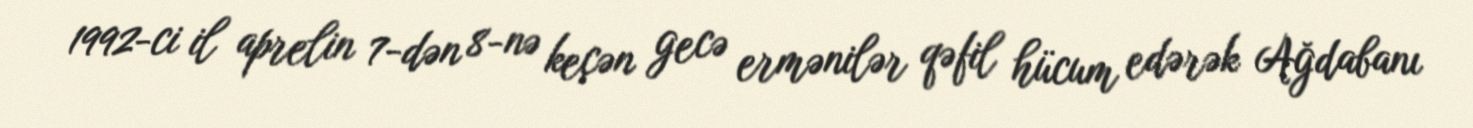
1992-ci il aprelin 7-dən 8-nə keçən gecə ermənilər qəfil hücum edərək Ağdabanı